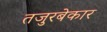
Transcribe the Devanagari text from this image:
तजुरबेकार